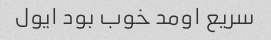
سریع اومد خوب بود ایول